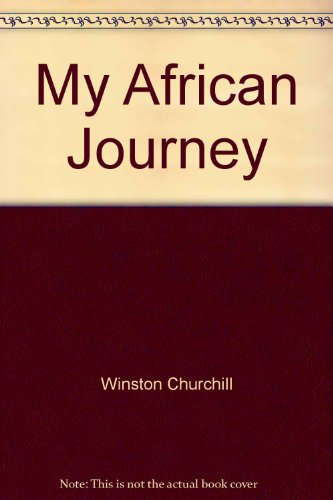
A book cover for My African journey; Winston Churchill; Travel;